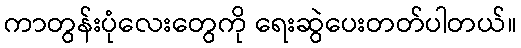
ကာတွန်းပုံလေးတွေကို ရေးဆွဲပေးတတ်ပါတယ်။